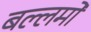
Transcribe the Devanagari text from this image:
बल्लमों